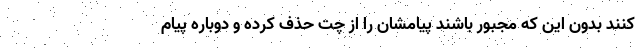
کنند بدون این که مجبور باشند پیامشان را از چت حذف کرده و دوباره پیام